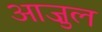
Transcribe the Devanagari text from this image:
आज़ुल